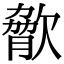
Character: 𣣲